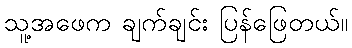
သူ့အဖေက ချက်ချင်း ပြန်ဖြေတယ်။